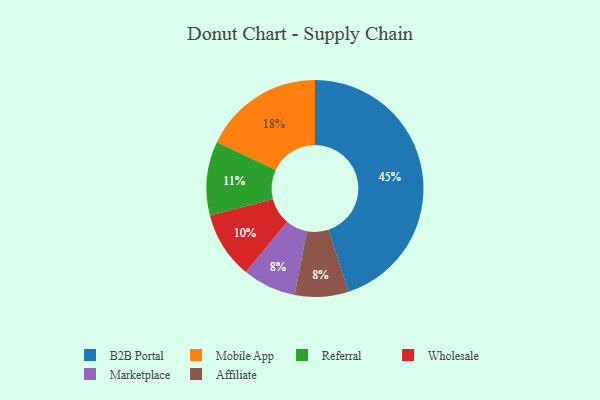
{"axis": {"x": "Category", "y": "Percentage"}, "legend": ["Affiliate", "B2B Portal", "Marketplace", "Mobile App", "Referral", "Wholesale"], "data": [{"x": "B2B Portal", "y": 45, "type": "B2B Portal"}, {"x": "Wholesale", "y": 10, "type": "Wholesale"}, {"x": "Referral", "y": 11, "type": "Referral"}, {"x": "Marketplace", "y": 8, "type": "Marketplace"}, {"x": "Affiliate", "y": 8, "type": "Affiliate"}, {"x": "Mobile App", "y": 18, "type": "Mobile App"}]}